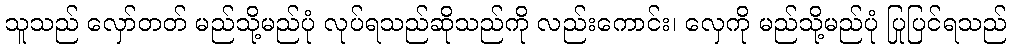
သူသည် လှော်တတ် မည်သို့မည်ပုံ လုပ်ရသည်ဆိုသည်ကို လည်းကောင်း၊ လှေကို မည်သို့မည်ပုံ ပြုပြင်ရသည်